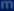
mm